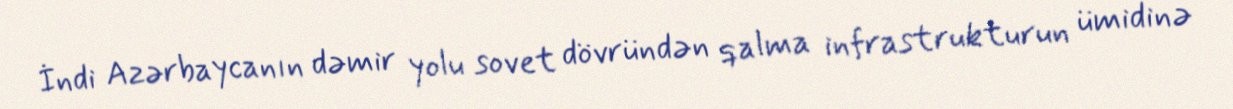
İndi Azərbaycanın dəmir yolu sovet dövründən qalma infrastrukturun ümidinə